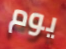
يوم